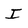
Character: I